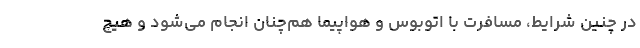
در چنین شرایط، مسافرت با اتوبوس و هواپیما هم‌چنان انجام می‌شود و هیچ